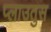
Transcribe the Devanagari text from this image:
प्लाउतुस